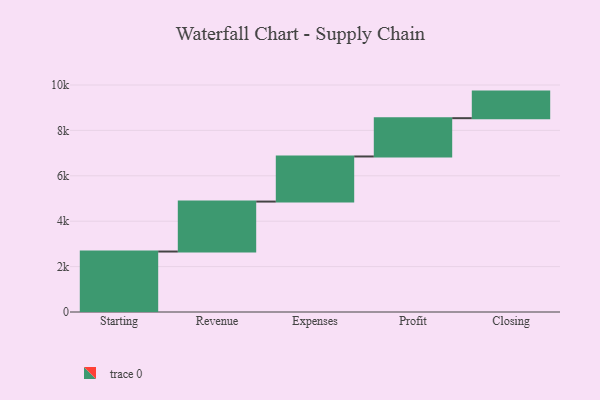
{"axis": {"x": "Step", "y": "Value"}, "legend": [""], "data": [{"x": "Starting", "y": 2664.0, "type": ""}, {"x": "Revenue", "y": 2201.0, "type": ""}, {"x": "Expenses", "y": 1987.0, "type": ""}, {"x": "Profit", "y": 1687.0, "type": ""}, {"x": "Closing", "y": 1171.0, "type": ""}]}